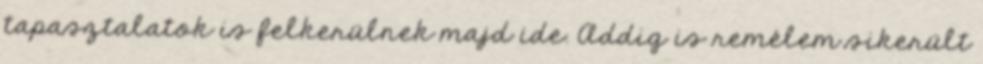
tapasztalatok is felkerülnek majd ide. Addig is remélem sikerült